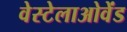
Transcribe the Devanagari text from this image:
वेस्टेलाओवेंड